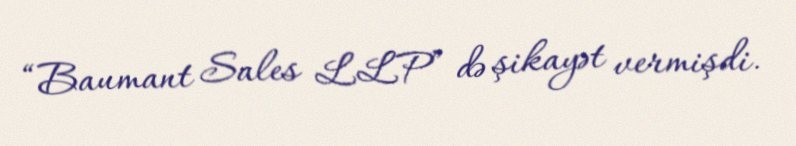
“Baumant Sales LLP” də şikayət vermişdi.